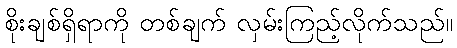
စိုးချစ်ရှိရာကို တစ်ချက် လှမ်းကြည့်လိုက်သည်။